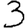
Digit: 3